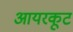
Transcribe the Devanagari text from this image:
आयरकूट